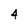
Character: 4